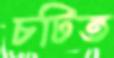
চটিত